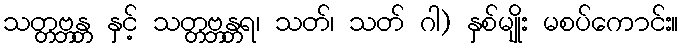
သတ္တဗ္ဘန္တ နှင့် သတ္တဗ္ဘန္တရ၊ သတ်၊ သတ် ဂါ) နှစ်မျိုး မစပ်ကောင်း။